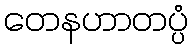
တေနဟာတပ္ပံ